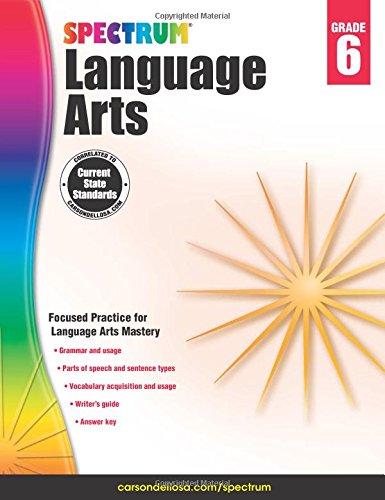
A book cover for Spectrum Language Arts, Grade 6; Children's Books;